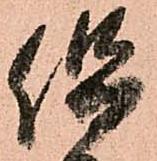
但